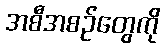
အစီအစဉ်တွေကို